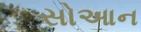
સોઆન